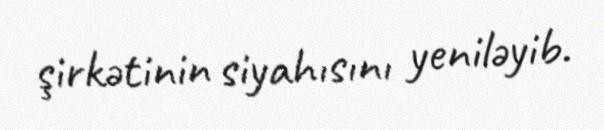
şirkətinin siyahısını yeniləyib.